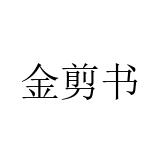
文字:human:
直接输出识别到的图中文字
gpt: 金剪书